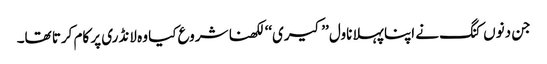
جن دنوں کنگ نے اپنا پہلا ناول ’’کیری‘‘ لکھنا شروع کیا وہ لانڈری پر کام کرتا تھا۔